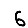
Digit: 6